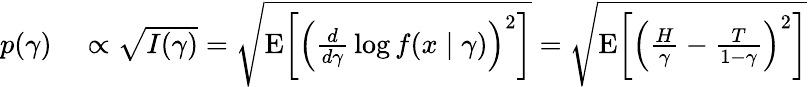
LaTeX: \begin{array}{rl}{p(\gamma)}&{{}\propto{\sqrt{I(\gamma)}}={\sqrt{\operatorname{E}\! \left[\left({\frac{d}{d\gamma}}\log f(x\mid\gamma)\right)^{2}\right]}}={\sqrt{\operatorname{E}\! \left[\left({\frac{H}{\gamma}}-{\frac{T}{1-\gamma}}\right)^{2}\right]}}}\end{array}